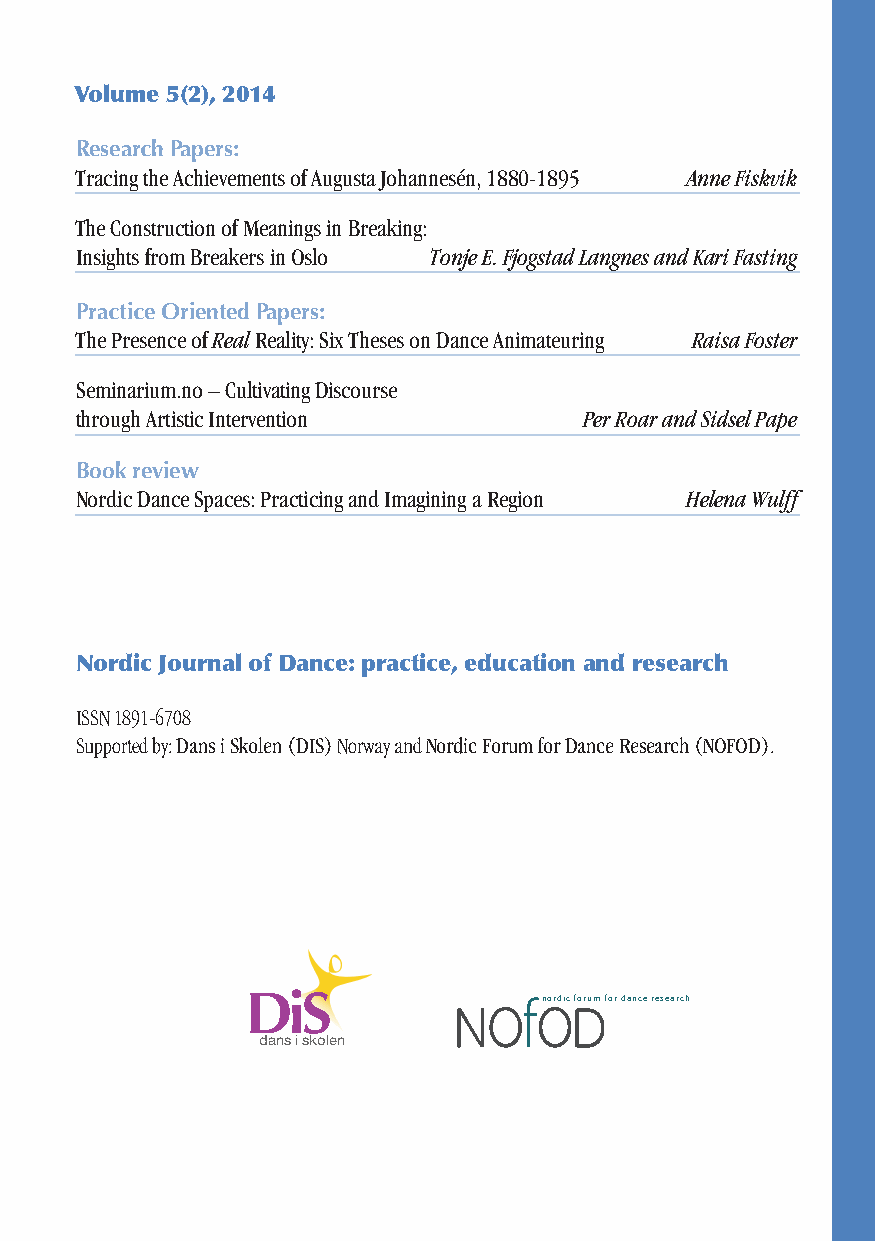
Volume 5(2), 2014
 Research Papers:
 Tracing the Achievements of Augusta Johannesén, 1880-1895 Anne Fiskvik
 The Construction of Meanings in Breaking:
 Insights from Breakers in Oslo Tonje E. Fjogstad Langnes and Kari Fasting
 Practice Oriented Papers:
 The Presence of Real Reality: Six Theses on Dance Animateuring Raisa Foster
 Seminarium.no – Cultivating Discourse
 through Artistic Intervention     Per Roar and Sidsel Pape
 Book review
 Nordic Dance Spaces: Practicing and Imagining a Region Helena Wulff
 Nordic Journal of Dance: practice, education and research
 ISSN 1891-6708
 Supported by: Dans i Skolen (DIS) Norway and Nordic Forum for Dance Research (NOFOD).
 nordic forum for dance research
 dans i skolen